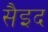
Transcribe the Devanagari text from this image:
सैइद